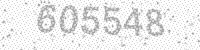
Solution: 605548